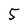
Character: 5